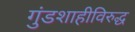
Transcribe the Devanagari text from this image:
गुंडशाहीविरुद्ध